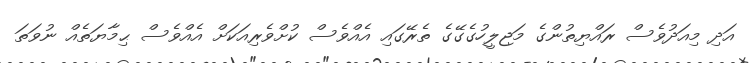
އަދި މިއަދުވެސް ރައްޔިތުންގެ މަޖިލީހުގެގޭގެ ތެރޭގައި އެއްވެސް ކުށްވެރިއަކަށް އެއްވެސް ޙިމާޔަތެއް ނުވަތަ